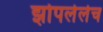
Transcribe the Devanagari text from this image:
झोपलेलेच